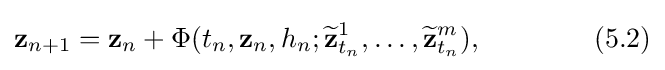
\mathbf {z} _{n+1}=\mathbf {z} _{n}+\Phi (t_{n},\mathbf {z} _{n},h_{n};{\widetilde {\mathbf {z} }}_{t_{n}}^{1},\ldots ,{\widetilde {\mathbf {z} }}_{t_{n}}^{m}),\qquad \qquad (5.2)